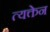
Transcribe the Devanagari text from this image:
त्यक्तेन